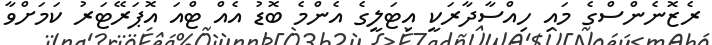
ރެޒޮނެންސްގެ މައި ހިއްސާދާރަކީ އިޓަލީގެ އެންމެ ބޮޑު އެއް ޓްއަ އޮޕަރޭޓަރު ކަމަށްވާ